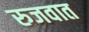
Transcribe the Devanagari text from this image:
रुजवात